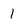
Character: 1